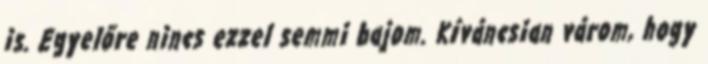
is. Egyelőre nincs ezzel semmi bajom. Kíváncsian várom, hogy